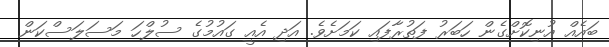
ބައެއް އުނިކޮށްގެން ހަބަރު ފަތުރާފައި ކަމަށެވެ. އަދި އެއީ ގައުމުގެ ސުލްހަ މަސަލަސްކަން